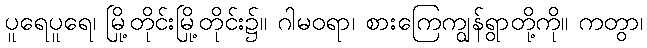
ပူရေပူရေ၊ မြို့တိုင်းမြို့တိုင်း၌။ ဂါမဝရာ၊ စားကြေကျွန်ရွာတို့ကို။ ကတွာ၊